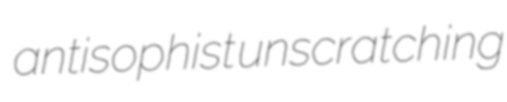
antisophist unscratching